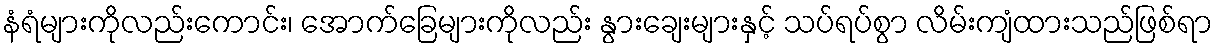
နံရံများကိုလည်းကောင်း၊ အောက်ခြေများကိုလည်း နွားချေးများနှင့် သပ်ရပ်စွာ လိမ်းကျံထားသည်ဖြစ်ရာ